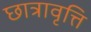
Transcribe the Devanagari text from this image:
छात्रावृत्ति